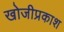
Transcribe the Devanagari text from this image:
खोजीप्रकाश